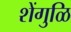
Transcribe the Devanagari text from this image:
शेंगुळि